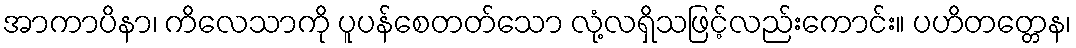
အာကာပိနာ၊ ကိလေသာကို ပူပန်စေတတ်သော လုံ့လရှိသဖြင့်လည်းကောင်း။ ပဟိတတ္တေန၊